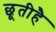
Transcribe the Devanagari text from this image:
छूतीहै